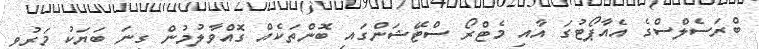
ބްރަސެލްސްގެ އެއާޕޯޓުގަ އާއި މެޓްރޯ ސްޓޭޝަންގައި ބޮންތަކެއް ގޮއްވާލުމުން ގިނަ ބަޔަކު މަރުވި